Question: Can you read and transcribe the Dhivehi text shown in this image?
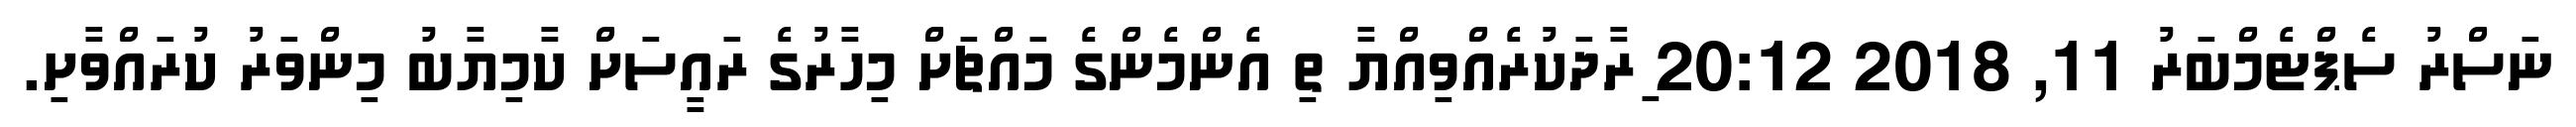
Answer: ނަސްރު ސެޕްޓެމްބަރު 11, 2018 20:12 ިރާދަކުރެއްވިއްޔާ ތި އެންމެންގެ މައްޗަށް މިހާރުގެ ރައީސަށް ކާމިޔާބު މިންވަރު ކުރައްވާށި.